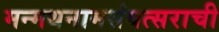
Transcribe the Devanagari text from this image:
मन्मथनामसंवत्सराची